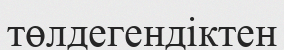
төлдегендіктен